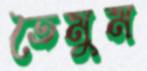
তৈমুম